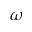
\boldsymbol { \omega }